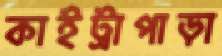
কাইট্রাপাড়া